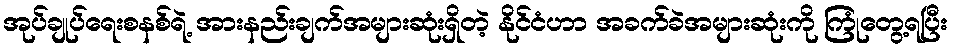
အုပ်ချုပ်ရေးစနစ်ရဲ့ အားနည်းချက်အများဆုံးရှိတဲ့ နိုင်ငံဟာ အခက်ခဲအများဆုံးကို ကြုံတွေ့ရပြီး